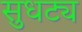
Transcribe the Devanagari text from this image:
सुधट्य